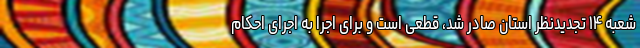
شعبه ۱۴ تجدیدنظر استان صادر شد، قطعی است و برای اجرا به اجرای احکام